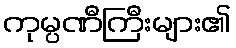
ကုမ္ပဏီကြီးများ၏